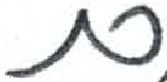
אות: ם